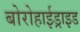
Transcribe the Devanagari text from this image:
बोरोहाईड्राइड